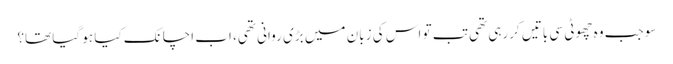
سو جب وہ چھوٹی سی باتیں کررہی تھی تب تو اس کی زبان میں بڑی روانی تھی، اب اچانک کیا ہو گیا تھا؟